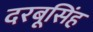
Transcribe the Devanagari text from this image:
दरबूसिंह